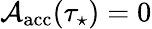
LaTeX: \mathcal{A}_{\mathrm{acc}}(\tau_{\star})=0